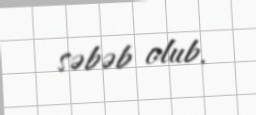
səbəb olub.